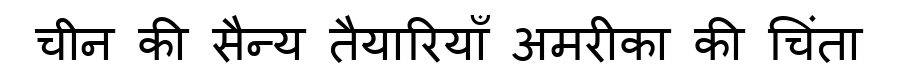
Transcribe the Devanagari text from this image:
चीन की सैन्य तैयारियाँ अमरीका की चिंता